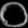
Digit: ၀